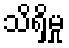
သိရှိမှု